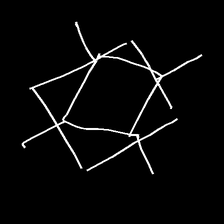
Glyph: light